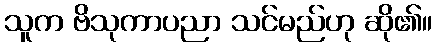
သူက ဗိသုကာပညာ သင်မည်ဟု ဆို၏။